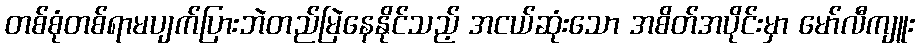
တစ်စုံတစ်ရာမပျက်ပြားဘဲတည်မြဲနေနိုင်သည့် အငယ်ဆုံးသော အစိတ်အပိုင်းမှာ မော်လီကျူး